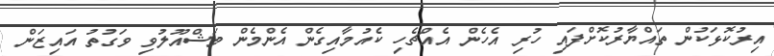
އިރުކޮޅަކުން ތައްޔާރުކޮށްފައި ހުރި އެހެން އެއްޗެހި ކެއުމާއިގެން އެންމެން މަޝްއޫލުވި ވަގުތު އައިޒަން